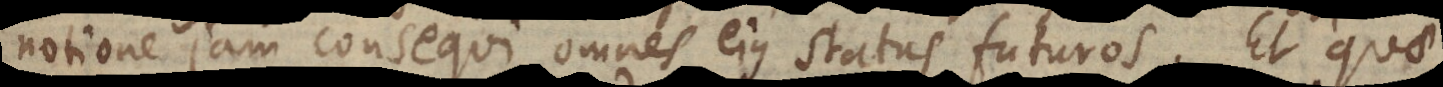
notione jam consequi omnes ejus status futuros. Et quae